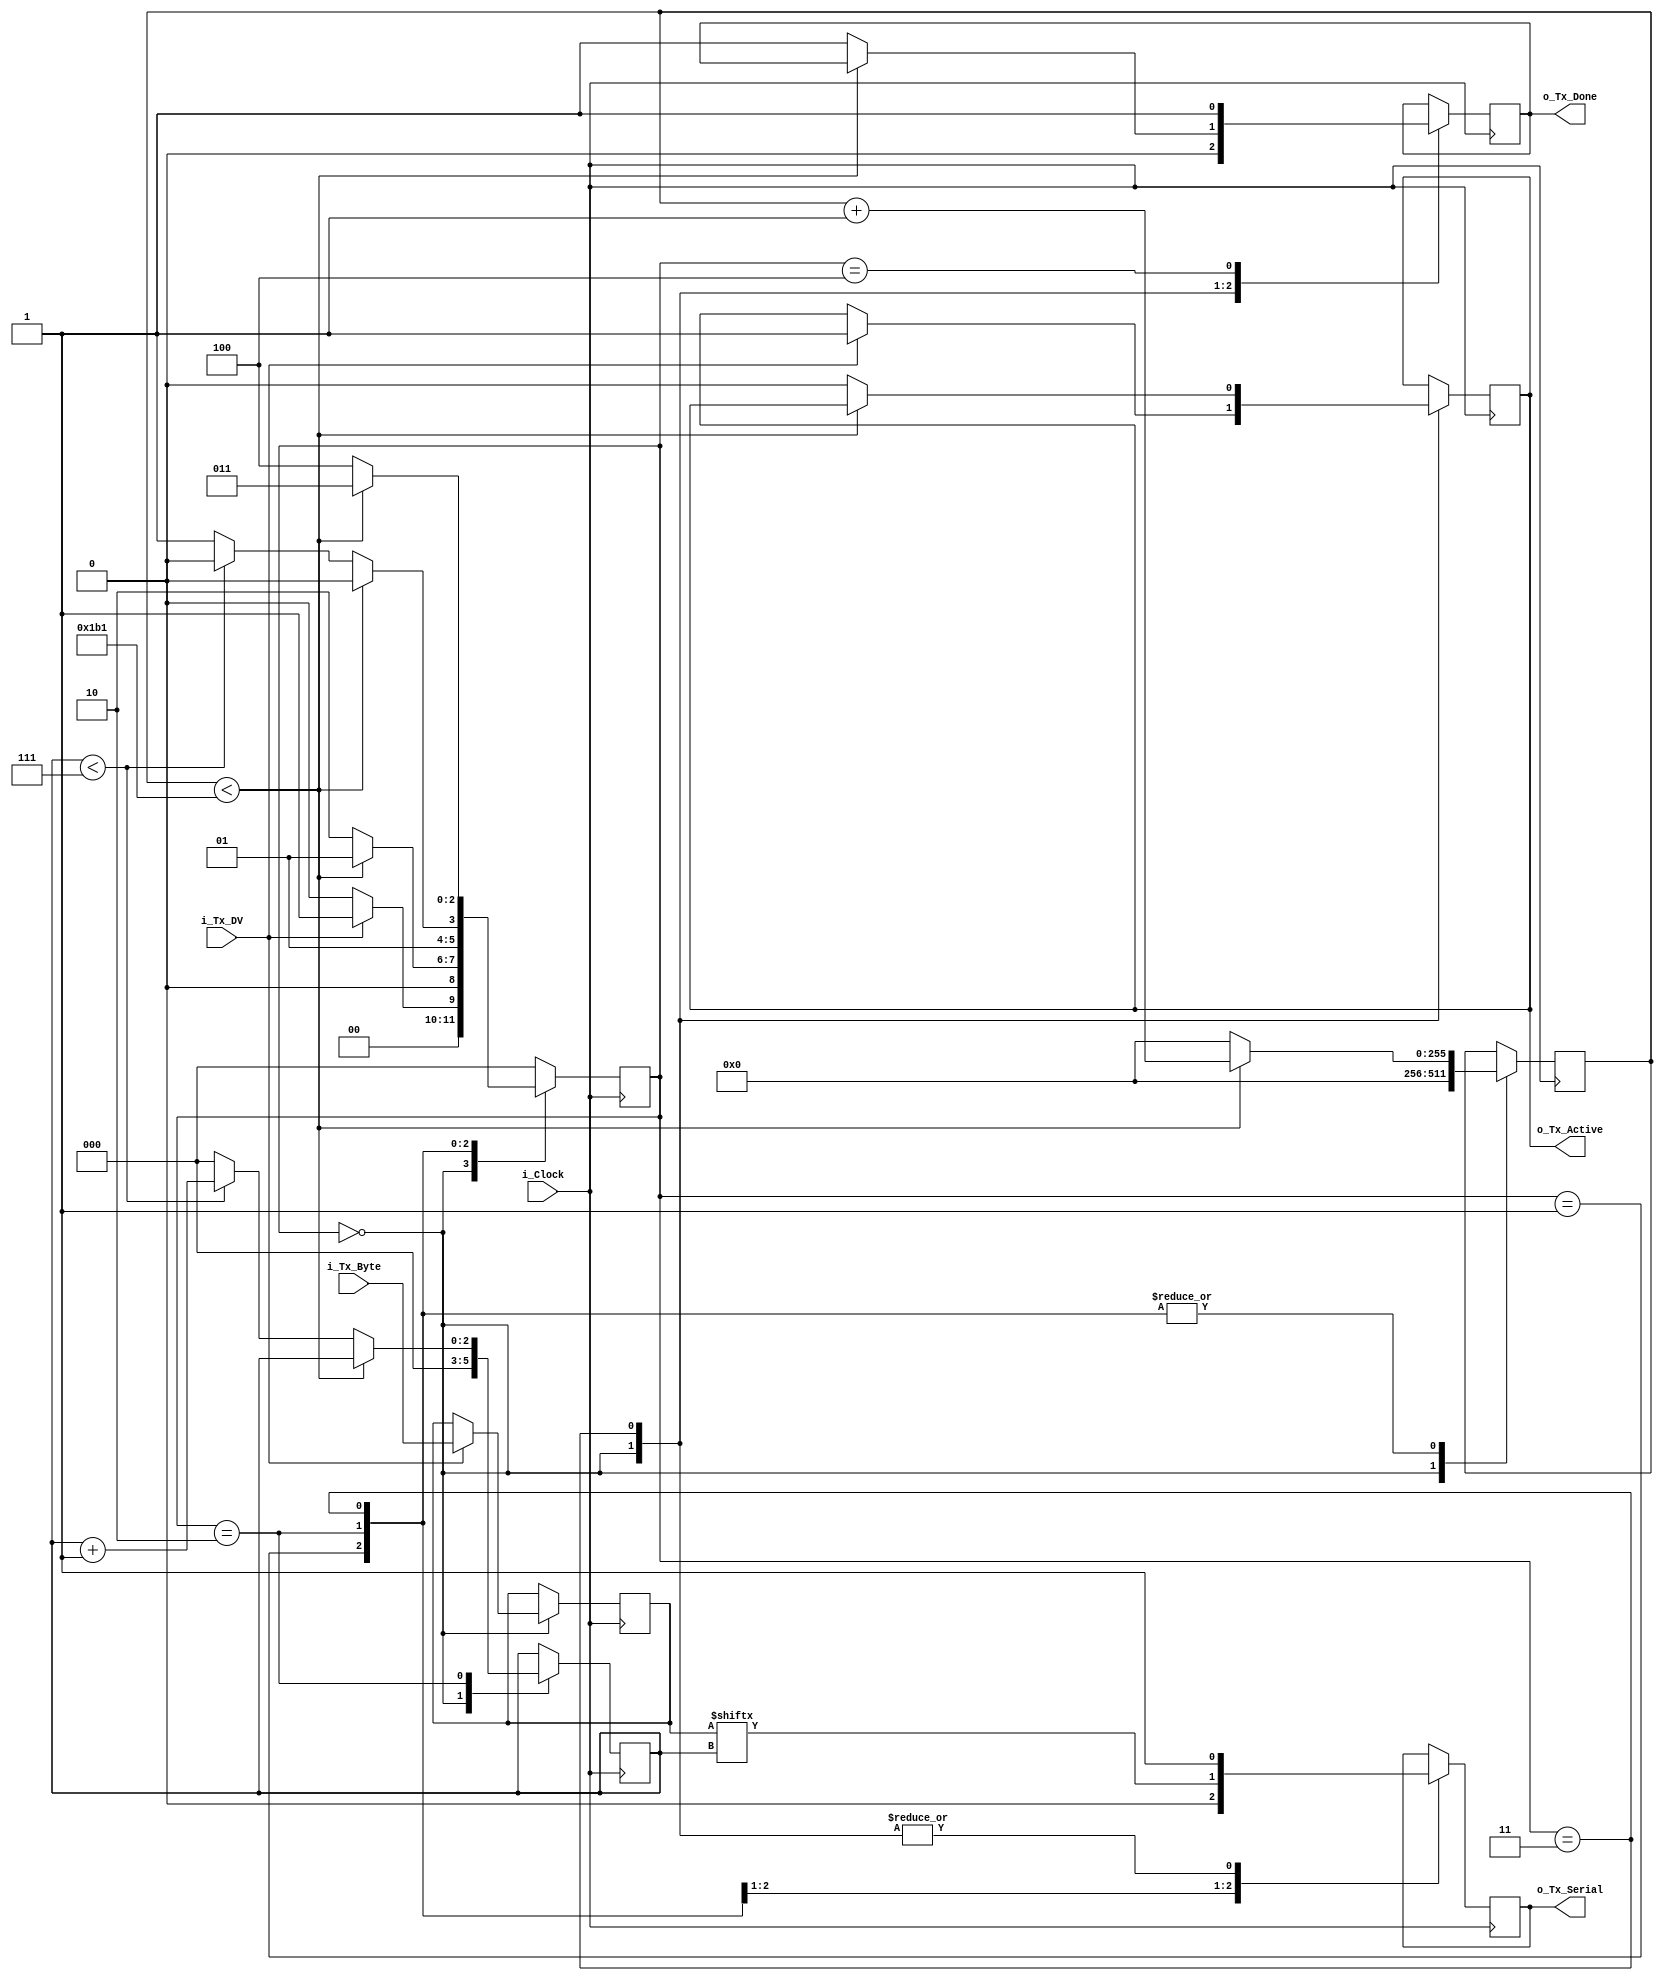
module uart_tx 
  #(parameter CLKS_PER_BIT = 434)
  (
   input       i_Clock,
   input       i_Tx_DV,
   input [255:0] i_Tx_Byte, 
   output      o_Tx_Active,
   output reg  o_Tx_Serial,
   output      o_Tx_Done
   );
  
  parameter s_IDLE         = 3'b000;
  parameter s_TX_START_BIT = 3'b001;
  parameter s_TX_DATA_BITS = 3'b010;
  parameter s_TX_STOP_BIT  = 3'b011;
  parameter s_CLEANUP      = 3'b100;
   
  reg [2:0]    r_SM_Main     = 0;
  reg [255:0]    r_Clock_Count = 0;
  reg [2:0]    r_Bit_Index   = 0;
  reg [255:0]    r_Tx_Data     = 0;
  reg          r_Tx_Done     = 0;
  reg          r_Tx_Active   = 0;
     
  always @(posedge i_Clock)
    begin
       
      case (r_SM_Main)
        s_IDLE :
          begin
            o_Tx_Serial   <= 1'b1;       
            r_Tx_Done     <= 1'b0;
            r_Clock_Count <= 0;
            r_Bit_Index   <= 0;
             
            if (i_Tx_DV == 1'b1)
              begin
                r_Tx_Active <= 1'b1;
                r_Tx_Data   <= i_Tx_Byte;
                r_SM_Main   <= s_TX_START_BIT;
              end
            else
              r_SM_Main <= s_IDLE;
          end
         
         
        s_TX_START_BIT :
          begin
            o_Tx_Serial <= 1'b0;
  
            if (r_Clock_Count < CLKS_PER_BIT-1)
              begin
                r_Clock_Count <= r_Clock_Count + 1;
                r_SM_Main     <= s_TX_START_BIT;
              end
            else
              begin
                r_Clock_Count <= 0;
                r_SM_Main     <= s_TX_DATA_BITS;
              end
          end 
         
         
            
        s_TX_DATA_BITS :
          begin
            o_Tx_Serial <= r_Tx_Data[r_Bit_Index];
             
            if (r_Clock_Count < CLKS_PER_BIT-1)
              begin
                r_Clock_Count <= r_Clock_Count + 1;
                r_SM_Main     <= s_TX_DATA_BITS;
              end
            else
              begin
                r_Clock_Count <= 0;
                 
           
                if (r_Bit_Index < 7)
                  begin
                    r_Bit_Index <= r_Bit_Index + 1;
                    r_SM_Main   <= s_TX_DATA_BITS;
                  end
                else
                  begin
                    r_Bit_Index <= 0;
                    r_SM_Main   <= s_TX_STOP_BIT;
                  end
              end
          end 
         

        s_TX_STOP_BIT :
          begin
            o_Tx_Serial <= 1'b1;
             
            // Wait CLKS_PER_BIT-1 clock cycles for Stop bit to finish
            if (r_Clock_Count < CLKS_PER_BIT-1)
              begin
                r_Clock_Count <= r_Clock_Count + 1;
                r_SM_Main     <= s_TX_STOP_BIT;
              end
            else
              begin
                r_Tx_Done     <= 1'b1;
                r_Clock_Count <= 0;
                r_SM_Main     <= s_CLEANUP;
                r_Tx_Active   <= 1'b0;
              end
          end 
         
       
        s_CLEANUP :
          begin
            r_Tx_Done <= 1'b1;
            r_SM_Main <= s_IDLE;
          end
         
         
        default :
          r_SM_Main <= s_IDLE;
         
      endcase
    end
 
  assign o_Tx_Active = r_Tx_Active;
  assign o_Tx_Done   = r_Tx_Done;
   
endmodule